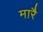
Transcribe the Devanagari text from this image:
मारै